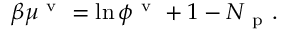
\beta \mu ^ { \mathrm { ~ v ~ } } = \ln \phi ^ { \mathrm { ~ v ~ } } + 1 - N _ { \mathrm { ~ p ~ } } .